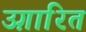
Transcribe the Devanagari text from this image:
उग़ारित